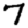
Digit: 7